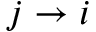
j \rightarrow i